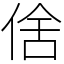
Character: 倽